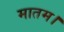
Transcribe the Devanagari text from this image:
मातम।